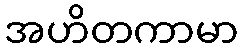
အဟိတကာမာ